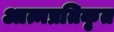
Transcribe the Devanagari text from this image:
आत्मप्रतिकृत